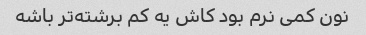
نون کمی نرم بود کاش یه کم برشته‌تر باشه